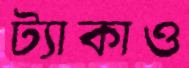
ট্যাকাও